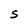
Character: S